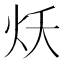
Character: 𱪭